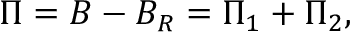
\Pi = { \cal B } - { \cal B } _ { R } = \Pi _ { 1 } + \Pi _ { 2 } ,